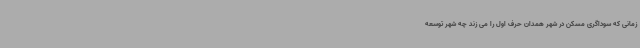
زمانی که سوداگری مسکن در شهر همدان حرف اول را می زند چه شهر توسعه